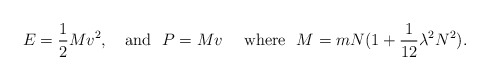
\begin{align*}E={1\over 2}Mv^2,\ \ \ {\rm and} \ \ P=M v \ \ \ \ {\rm where} \ \ M=m N(1+{1\over 12}\lambda^2 N^2).\end{align*}